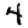
Digit: 4